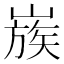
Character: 𡻬